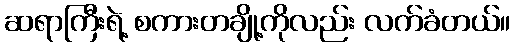
ဆရာကြီးရဲ့ စကားတချို့ကိုလည်း လက်ခံတယ်။